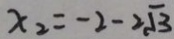
x _ { 2 } = - 2 - 2 \sqrt { 3 }